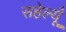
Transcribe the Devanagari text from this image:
सहेल्यूँ